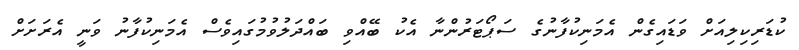
ކުޑަރިކިލިއަށް ވަޑައިގެން އެމަނިކުފާނުގެ ސަޕޯޓަރުންނާ އެކު ބޭއްވި ބައްދަލުވުމުގައިވެސް އެމަނިކުފާނު ވަނީ އެރަށަށް